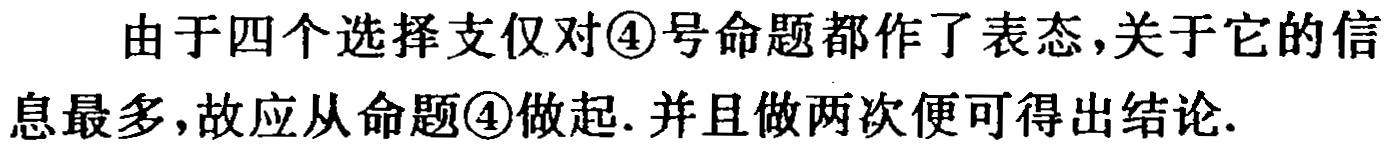
由于四个选择支仅对\textcircled{4}号命题都作了表态,关于它的信息最多,故应从命题\textcircled{4}做起.并且做两次便可得出结论.